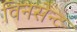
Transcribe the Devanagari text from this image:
विनसेन्ट